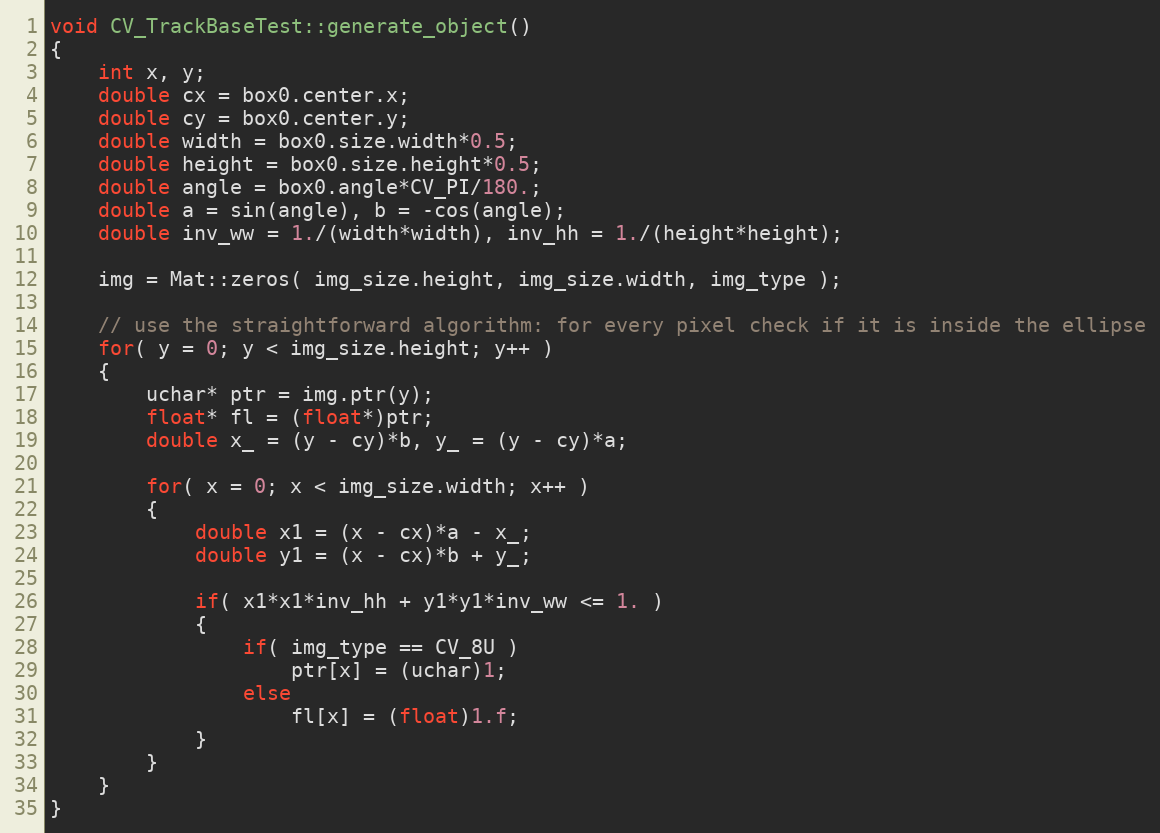
Language: C++
void CV_TrackBaseTest::generate_object()
{
    int x, y;
    double cx = box0.center.x;
    double cy = box0.center.y;
    double width = box0.size.width*0.5;
    double height = box0.size.height*0.5;
    double angle = box0.angle*CV_PI/180.;
    double a = sin(angle), b = -cos(angle);
    double inv_ww = 1./(width*width), inv_hh = 1./(height*height);

    img = Mat::zeros( img_size.height, img_size.width, img_type );

    // use the straightforward algorithm: for every pixel check if it is inside the ellipse
    for( y = 0; y < img_size.height; y++ )
    {
        uchar* ptr = img.ptr(y);
        float* fl = (float*)ptr;
        double x_ = (y - cy)*b, y_ = (y - cy)*a;

        for( x = 0; x < img_size.width; x++ )
        {
            double x1 = (x - cx)*a - x_;
            double y1 = (x - cx)*b + y_;

            if( x1*x1*inv_hh + y1*y1*inv_ww <= 1. )
            {
                if( img_type == CV_8U )
                    ptr[x] = (uchar)1;
                else
                    fl[x] = (float)1.f;
            }
        }
    }
}